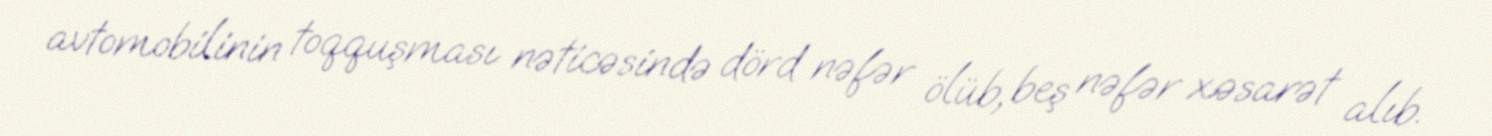
avtomobilinin toqquşması nəticəsində dörd nəfər ölüb, beş nəfər xəsarət alıb.